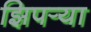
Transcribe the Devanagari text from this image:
झिपर्‍या